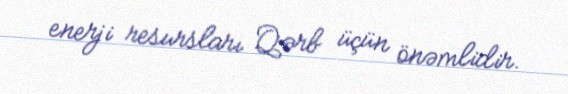
enerji resursları Qərb üçün önəmlidir.